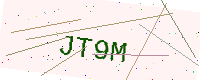
Text: JT9M